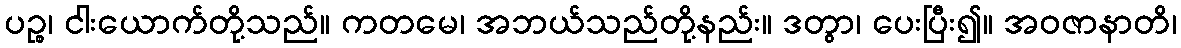
ပဉ္စ၊ ငါးယောက်တို့သည်။ ကတမေ၊ အဘယ်သည်တို့နည်း။ ဒတွာ၊ ပေးပြီး၍။ အဝဇာနာတိ၊